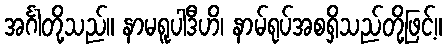
အင်္ဂါတို့သည်။ နာမရူပါဒီဟိ၊ နာမ်ရုပ်အစရှိသည်တို့ဖြင့်။